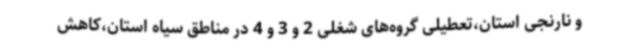
و نارنجی استان،تعطیلی گروه‌های شغلی 2 و 3 و 4 در مناطق سیاه استان،کاهش